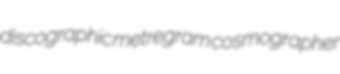
discographic metregram cosmographer